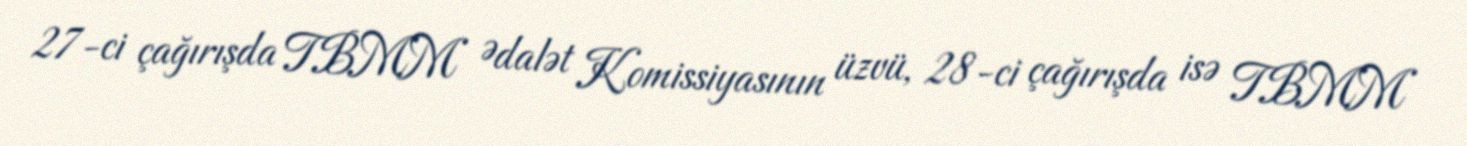
27-ci çağırışda TBMM Ədalət Komissiyasının üzvü, 28-ci çağırışda isə TBMM